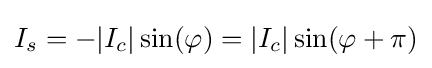
I_{s}=-|I_{c}|\sin(\varphi )=|I_{c}|\sin(\varphi +\pi )